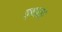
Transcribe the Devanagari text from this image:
इखठा